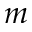
m